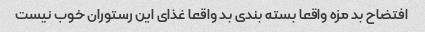
افتضاح بد مزه واقعا بسته بندی بد واقعا غذای این رستوران خوب نیست